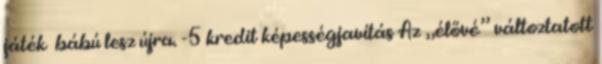
játék bábú lesz újra. -5 kredit képességjavítás Az „élővé” változtatott